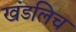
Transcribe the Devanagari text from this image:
खंडलिच